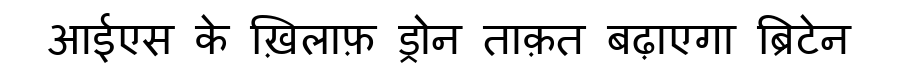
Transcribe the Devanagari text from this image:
आईएस के ख़िलाफ़ ड्रोन ताक़त बढ़ाएगा ब्रिटेन